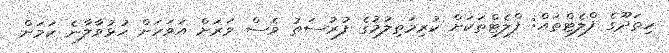
ހިތަދޫގެ ފްލެޓްތައް: ފްލެޓްތަކަށް ކުރިމަތިލުމުގެ ފުރުސަތު ވެސް ވަރަށް އަވަހަށް ހުޅުވާލާނެ ކަމަށް